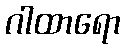
ဂါထာရော